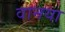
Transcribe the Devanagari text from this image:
वानया